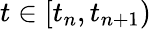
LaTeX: t\in[t_{n},t_{n+1})